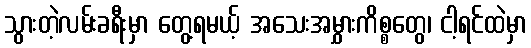
သွားတဲ့လမ်းခရီးမှာ တွေ့ရမယ့် အသေးအမွှားကိစ္စတွေ၊ ငါ့ရင်ထဲမှာ